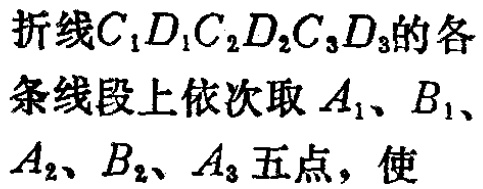
折线\(C_{1}D_{1}C_{2}D_{2}C_{3}D_{3}\)的各条线段上依次取\(A_{1}\)、\(B_{1}\)、\(A_{2}\)、\(B_{2}\)、\(A_{3}\)五点，使